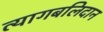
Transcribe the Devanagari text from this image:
त्यागबलिदान